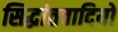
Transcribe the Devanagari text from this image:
सिद्धांतवादियों